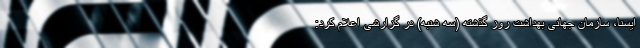
ایسنا، سازمان جهانی بهداشت روز گذشته (سه شنبه) در گزارشی اعلام کرد: